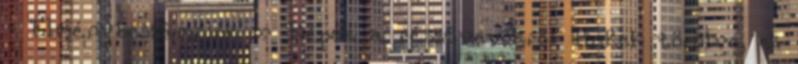
- 'Élménybeszámolók' » 'Képek a résztvevőkről' linkek törölve, ez